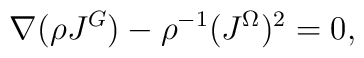
\nabla (\rho J^G) - \rho ^{-1}(J^{\Omega})^2 = 0,